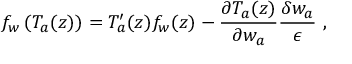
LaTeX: f _ { w } \left( T _ { a } ( z ) \right) = T _ { a } ^ { \prime } ( z ) f _ { w } ( z ) - \frac { \partial T _ { a } ( z ) } { \partial w _ { a } } \frac { \delta w _ { a } } { \epsilon } \ ,